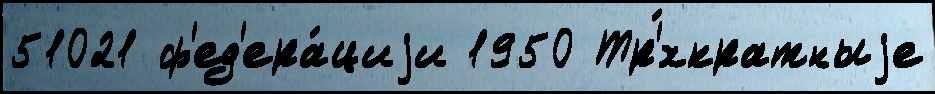
51021 ф'ед'ера́циjи 1950 Тр'́хкратныjе